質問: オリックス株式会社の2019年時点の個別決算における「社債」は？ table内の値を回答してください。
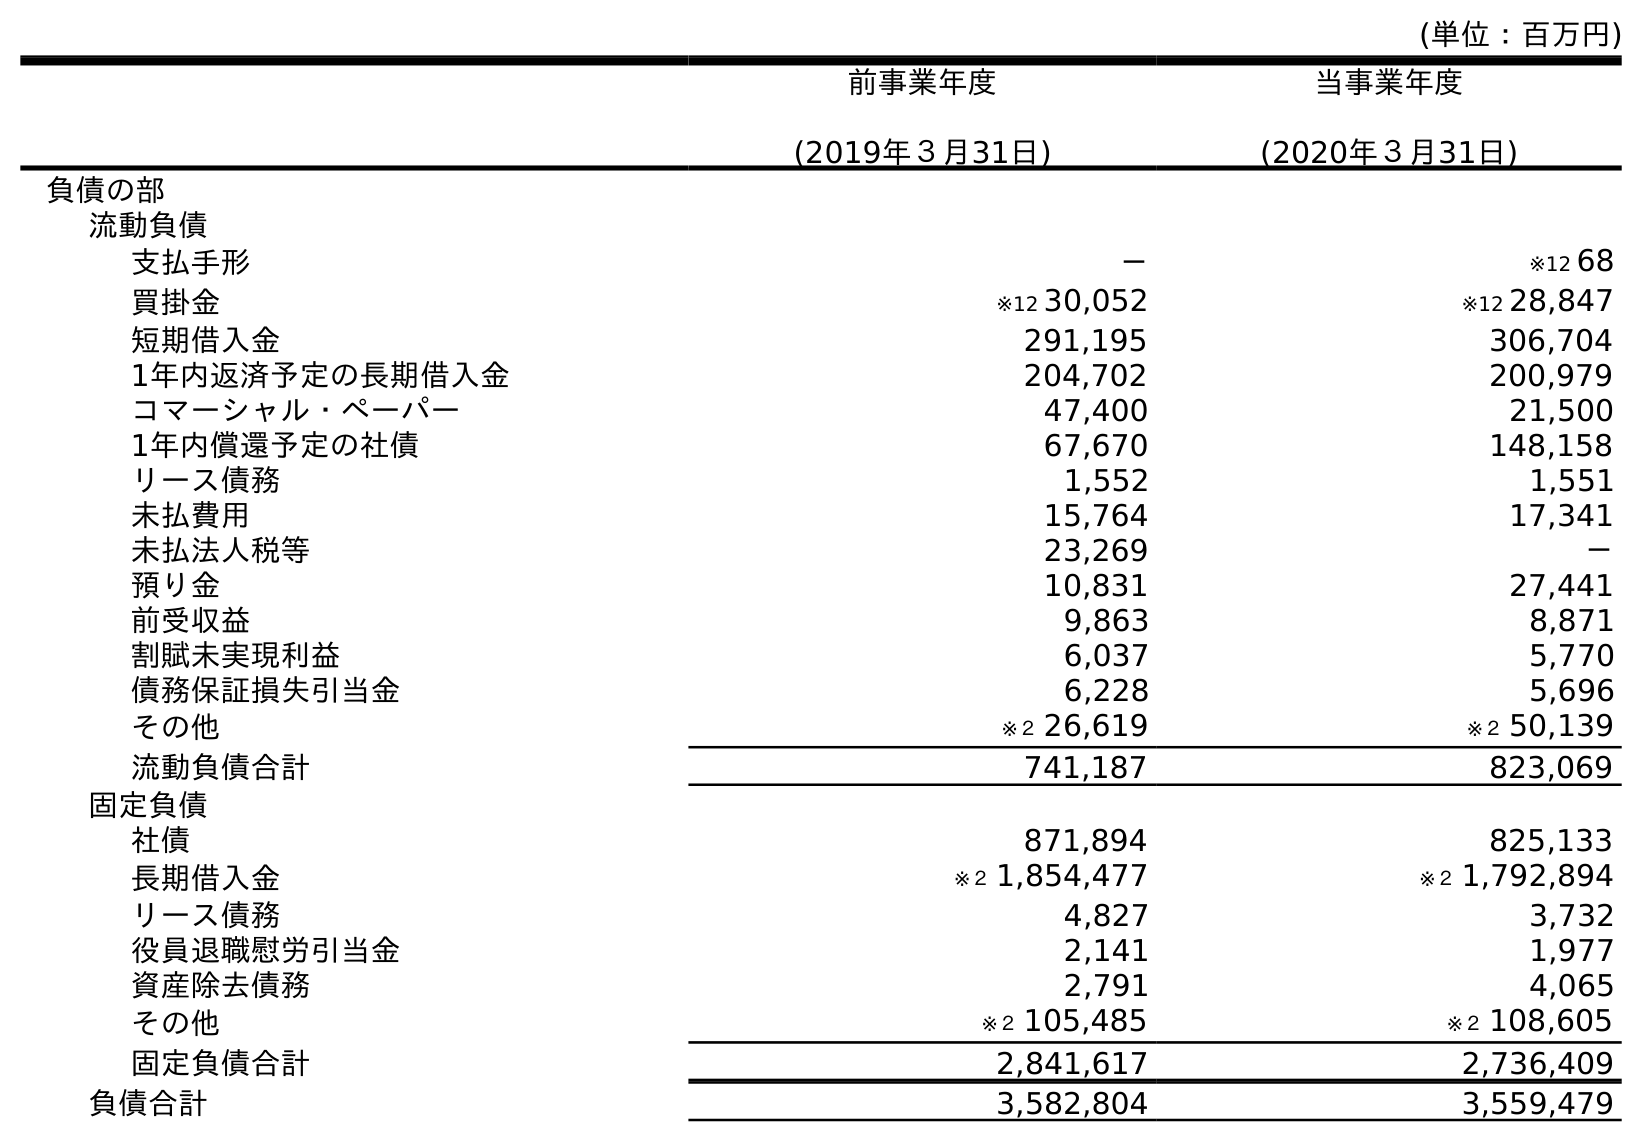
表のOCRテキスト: (単位：百万円) 前事業年度 (2019年３月31日) 当事業年度 (2020年３月31日) 負債の部 流動負債 支払手形 － ※12 68 買掛金 ※12 30,052 ※12 28,847 短期借入金 291,195 306,704 1年内返済予定の長期借入金 204,702 200,979 コマーシャル・ペーパー 47,400 21,500 1年内償還予定の社債 67,670 148,158 リース債務 1,552 1,551 未払費用 15,764 17,341 未払法人税等 23,269 － 預り金 10,831 27,441 前受収益 9,863 8,871 割賦未実現利益 6,037 5,770 債務保証損失引当金 6,228 5,696 その他 ※２ 26,619 ※２ 50,139 流動負債合計 741,187 823,069 固定負債 社債 871,894 825,133 長期借入金 ※２ 1,854,477 ※２ 1,792,894 リース債務 4,827 3,732 役員退職慰労引当金 2,141 1,977 資産除去債務 2,791 4,065 その他 ※２ 105,485 ※２ 108,605 固定負債合計 2,841,617 2,736,409 負債合計 3,582,804 3,559,479
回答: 871,894